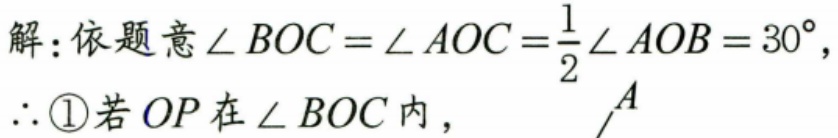
解：依题意\(\angle BOC = \angle AOC=\frac{1}{2}\angle AOB = 30^{\circ}\)，
\(\therefore\)\textcircled{1}若\(OP\)在\(\angle BOC\)内，